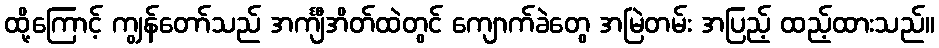
ထို့ကြောင့် ကျွန်တော်သည် အင်္ကျီအိတ်ထဲတွင် ကျောက်ခဲတွေ အမြဲတမ်း အပြည့် ထည့်ထားသည်။